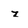
Character: z